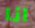
انا